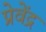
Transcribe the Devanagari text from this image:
प्रेवेंद्र